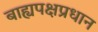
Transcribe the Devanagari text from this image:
बाह्यपक्षप्रधान